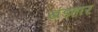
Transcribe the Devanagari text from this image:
खंडहार